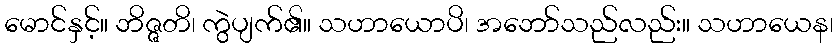
မောင်နှင့်။ ဘိဇ္ဇတိ၊ ကွဲပျက်၏။ သဟာယောပိ၊ အဘော်သည်လည်း။ သဟာယေန၊